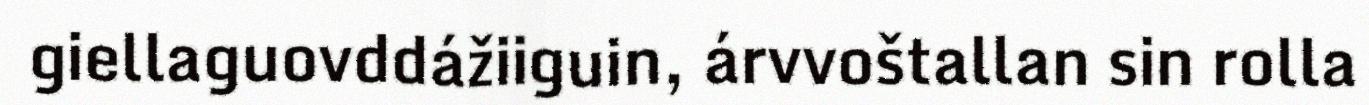
giellaguovddážiiguin, árvvoštallan sin rolla